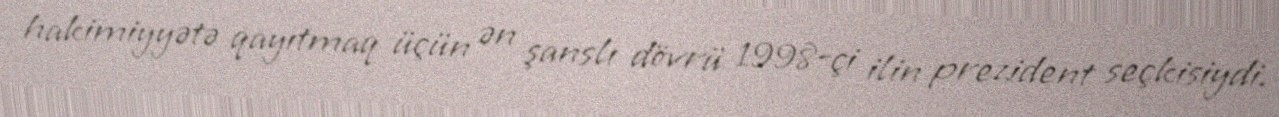
hakimiyyətə qayıtmaq üçün ən şanslı dövrü 1998-çi ilin prezident seçkisiydi.